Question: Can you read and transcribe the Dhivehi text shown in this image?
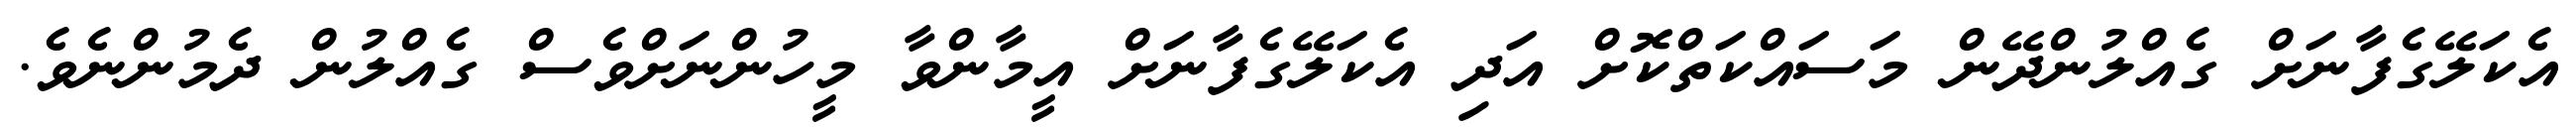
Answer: އެކަލޭގެފާނަށް ގެއްލުންދޭން މަސައްކަތްކޮށް އަދި އެކަލޭގެފާނަށް އީމާންވާ މީހުންނަށްވެސް ގެއްލުން ދެމުންނެވެ.